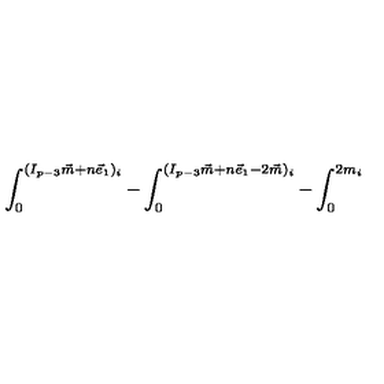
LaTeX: { \int _ { 0 } ^ { ( I _ { p - 3 } \vec { m } + n \vec { e } _ { 1 } ) _ { i } } - \int _ { 0 } ^ { ( I _ { p - 3 } \vec { m } + n \vec { e } _ { 1 } - 2 \vec { m } ) _ { i } } - \int _ { 0 } ^ { 2 m _ { i } } }